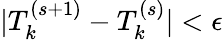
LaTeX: |T_{k}^{(s+1)}-T_{k}^{(s)}|<\epsilon